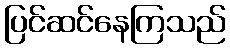
ပြင်ဆင်နေကြသည်